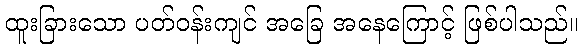
ထူးခြားသော ပတ်ဝန်းကျင် အခြေ အနေကြောင့် ဖြစ်ပါသည်။